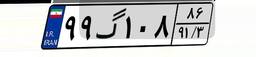
۹۹گ۱۰۸۸۶